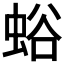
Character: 𧋉